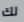
لك